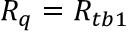
R _ { q } = R _ { t b 1 }